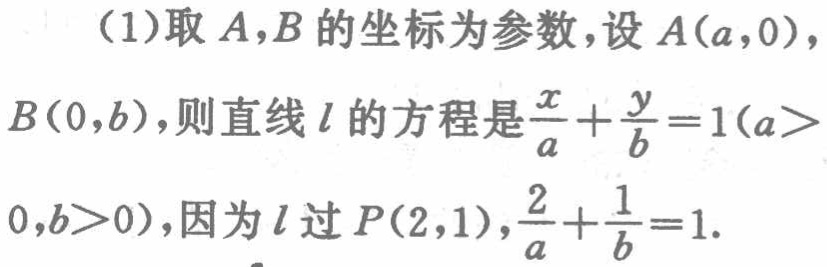
(1)取 \(A,B\) 的坐标为参数，设 \(A(a,0)\)，\(B(0,b)\)，则直线 \(l\) 的方程是 \(\frac{x}{a}+\frac{y}{b}=1(a > 0,b > 0)\)，因为 \(l\) 过 \(P(2,1)\)，\(\frac{2}{a}+\frac{1}{b}=1\).